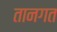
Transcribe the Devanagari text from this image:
तानगत